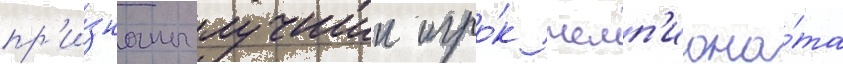
пр'и́знаны лучшии игро́к чемп'иона́та